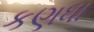
કણધા